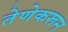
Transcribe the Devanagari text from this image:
तेणेकरून